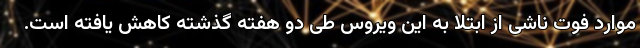
موارد فوت ناشی از ابتلا به این ویروس طی دو هفته گذشته کاهش یافته است.